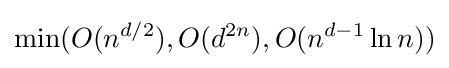
\min(O(n^{d/2}),O(d^{2n}),O(n^{d-1}\ln n))